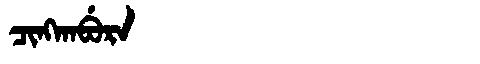
Manchu: ᠴᡳᠩᡴᠠᠪᡠᡵᠠ
Romanization: CINGKABURA